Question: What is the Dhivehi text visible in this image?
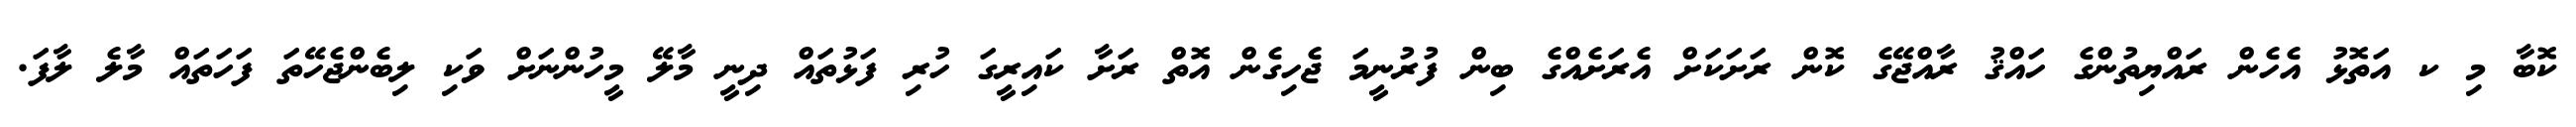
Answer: ކޮބާ މި ކ އަތޮޅު އެހެން ރައްޔިތުންގެ ހައްޤު ރާއްޖޭގެ ކޮން ރަށަކަށް އެރަށެއްގެ ބިން ފުރުނީމަ ޖެހިގެން އޮތް ރަށާ ކައިރީގަ ހުރި ފަޅުތައް ދިނީ މާލޭ މީހުންނަށް ވަކި ލިބެންޖެހޭތަ ފަހަތައް މާލެ ލާފަ.